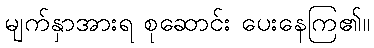
မျက်နှာအားရ စုဆောင်း ပေးနေကြ၏။